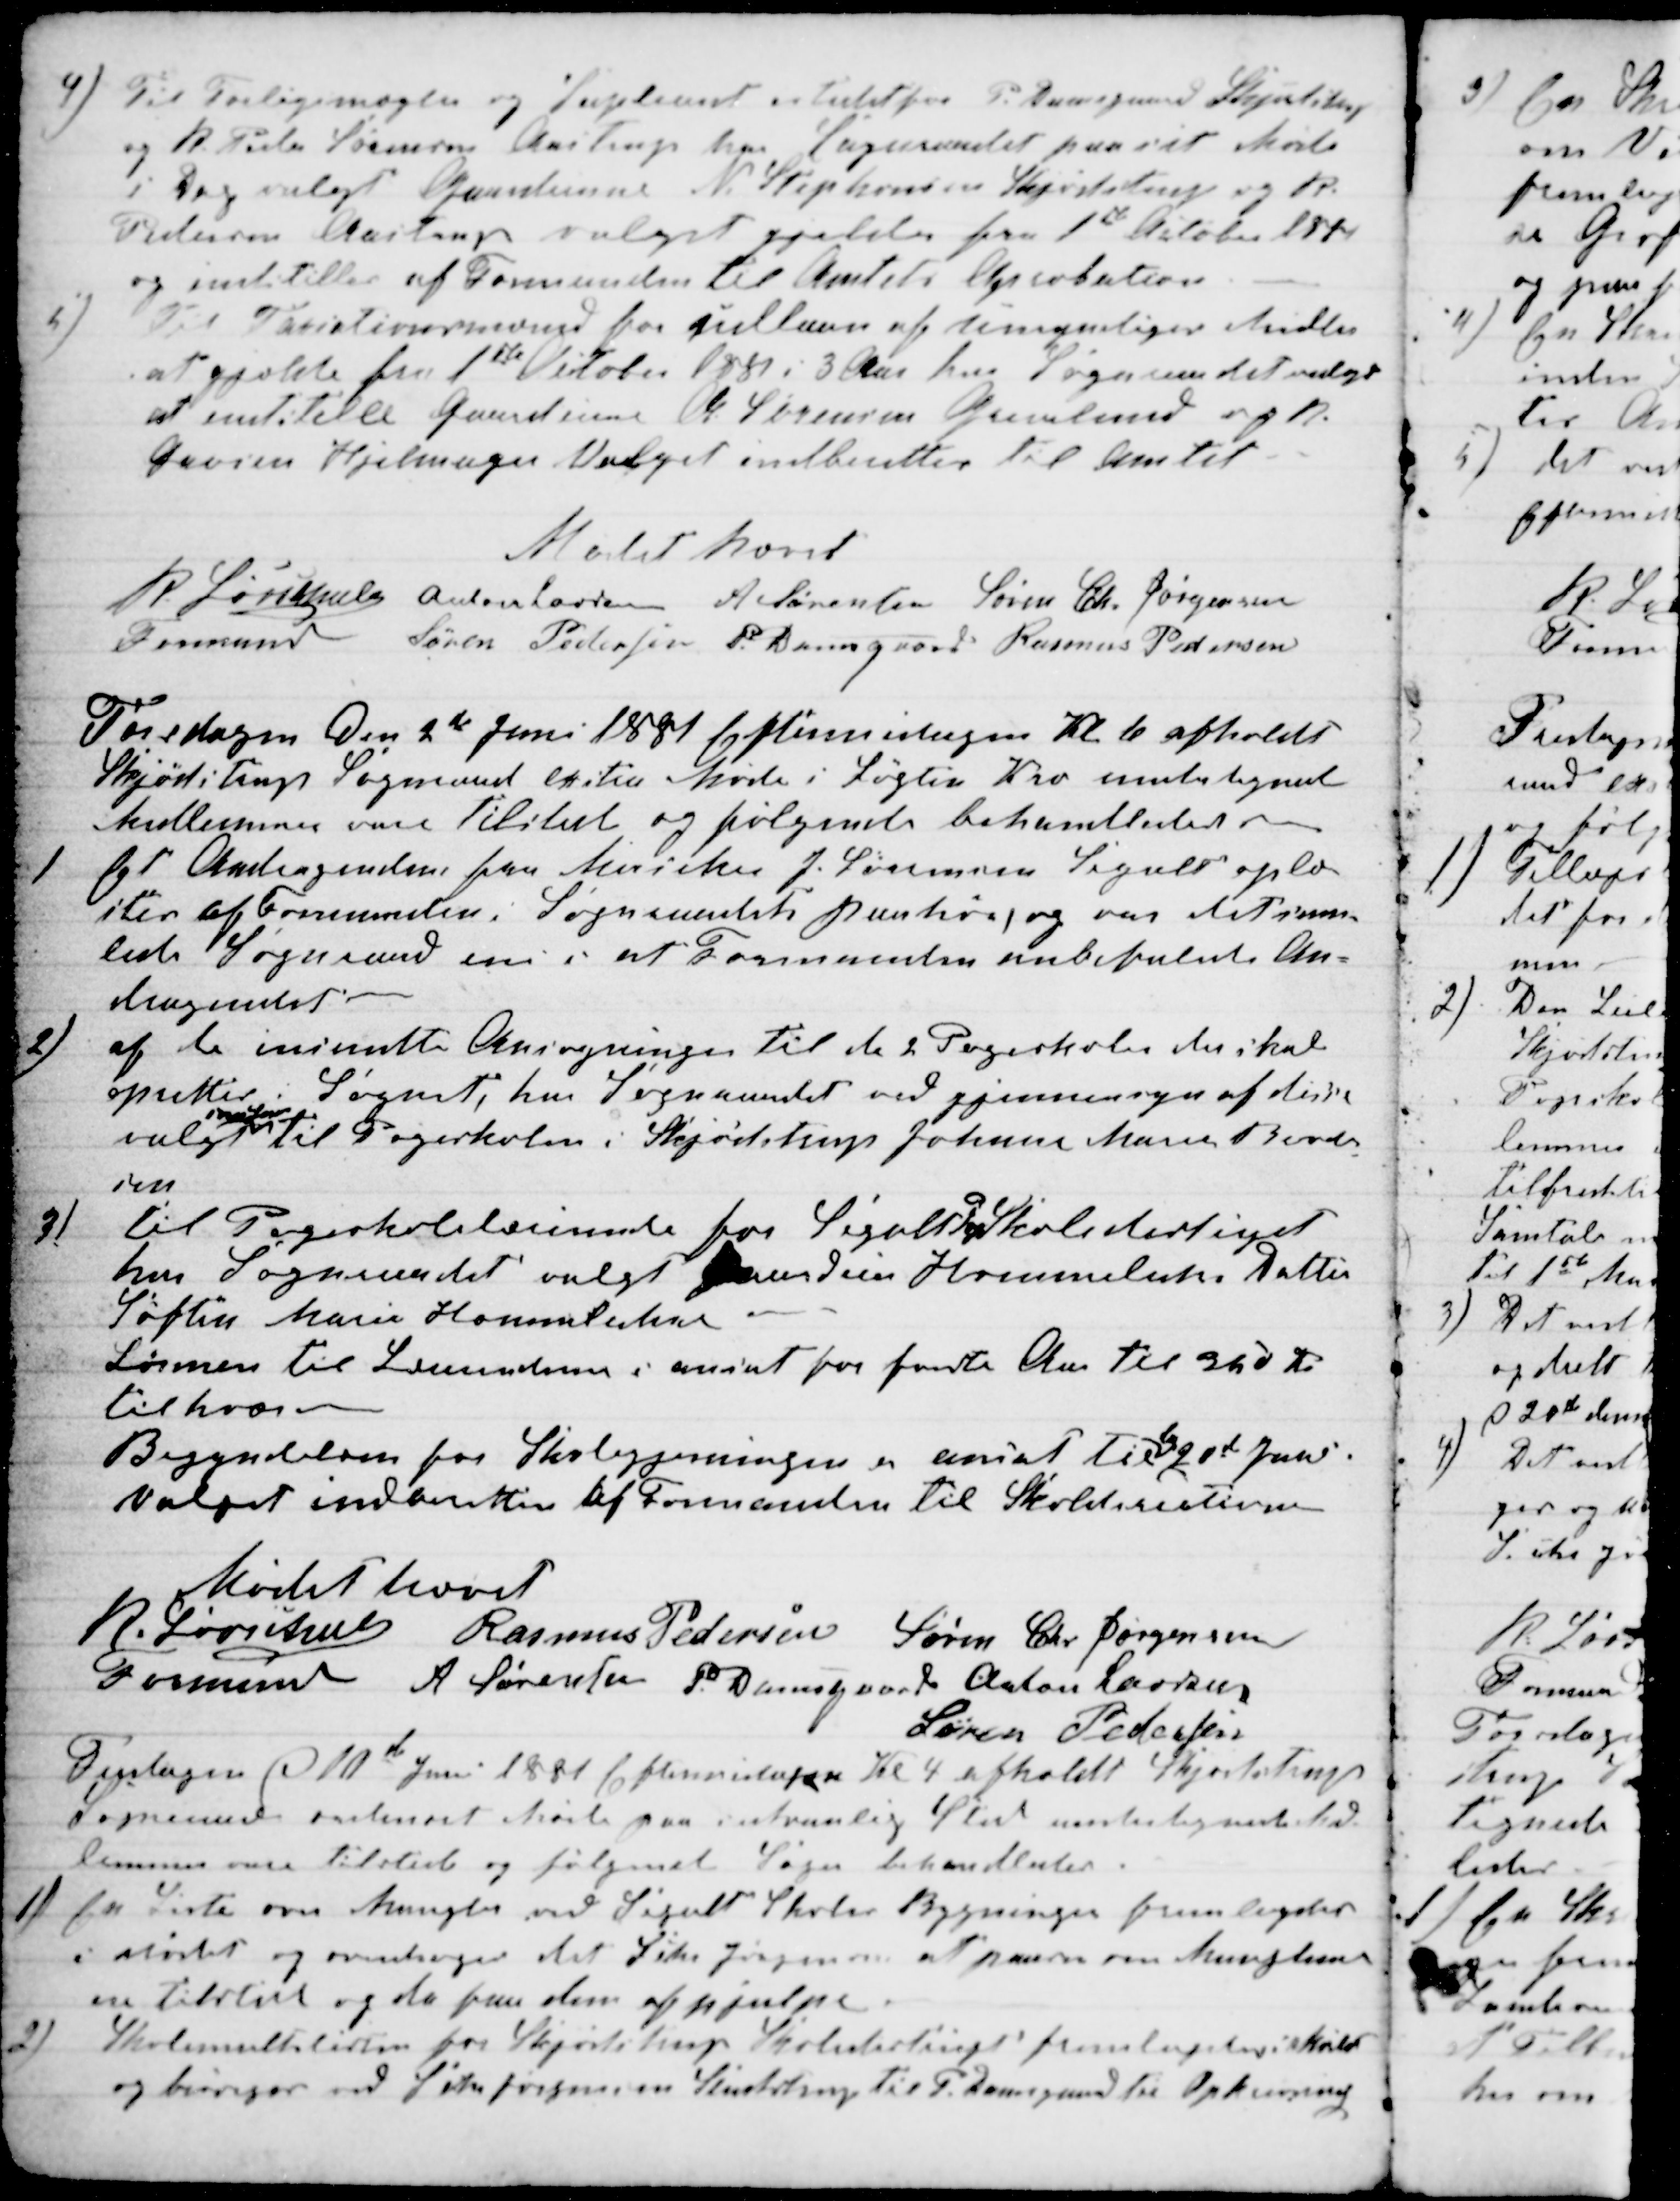
Transskription:
4) Til Forligsmægler og Supleant istedet for P. Damsgaard Skjødstrup
og R. Peder Sørensen Aastrup har Sogneraadet paa sit Møde
i Dag valgt Gaardeierne N. Stephansen Skjødstrup og R.
Pedersen Aastrup valget gjælder fra 1st October 1881
og indstilles af Formanden til Amtets Aprobation
5)
Til Taxationsmænd for udlaan af umyndiges Midler
at gjælde fra 1ste October 1881 i 3 Aar har Sogneraadet valgt
at indstille Gaardeierne A. Sørensen Grevelund og R.
Grosen Hjelmager Valget indberettes til Amtet.
Mødet hævet
R. Løvschall
Formand 
 Anton Laursen A Sørensen Søren Chr Jørgensen
Søren Pedersen P. Damsgaard Rasmus Pedersen
Torsdagen den 2de Juni 1881 Eftermidagen Kl. 6 afholdt
Skjødstrup Sogneraad exstra Møde i Løgten Kro undertegnede
Medlemmer vare tilstede og følgende behandledes.
1
Et Andragende fra Musiker J. Sørensen Segalt oplæ-
stes af Formanden i Sognerraadets paahør, og var det sam-
lede Sogneraad eni i at Formanden anbefalede An-
dragendet.
2)
af de insendte Ansøgninger til de 2 Pogeskoler der skal
oprettes i Sognet, har Sogneraadet ved gjennemsyn af disse
valgt 

til Pogeskolen i Skjødstrup Johane Marie Bend-
sen
3)
til Pogeskolelærinde for Segalt PogeSkoledistrigt
har Sogneraadet valgt Gaardeier Hummeluhrs Datter
Sophie Marie Hummeluhr
Lønnen til Lærerinderne i ansat for første Aar til 350 Kr.
til hver
Begyndelsen for Skolegjerningen er ansat til 
d
20de Juni
Valget indberettes af Formanden til Skoledirectionen
Mødet hævet
R. Løvschall
Formand 
Rasmus Pedersen Søren Chr Jørgensen
A. Sørensen P. Damsgaard Anton Laursen
Søren Pedersen
Fredagen d 10de Juni 1881 Eftermidagen Kl 4 afholdt Skjødstrup
Sogneraad ordinært Møde paa sedvanlig Sted undertegnede Med-
lemmer vare tilstede og følgende Sager behandledes.
1) En Liste over Mangler ved Segalt Skoles Bygninger fremlagdes
i Mødet og overdroges det S Chr Jørgensen at paase om Manglerne
ere tilstede og da faa den afhjulpe.
2) Skolemultslisten for Skjørtstrup Skoledistrigt fremlagdes i Mødet
og besørges ved S Chr Jørgensen Studstrup til P. Damsgaard til Opkrævning